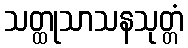
သတ္ထုသာသနသုတ္တံ